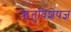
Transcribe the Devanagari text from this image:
ऋतुविशेषज्ञ